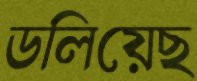
ডলিয়েছ